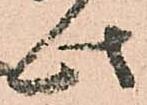
此